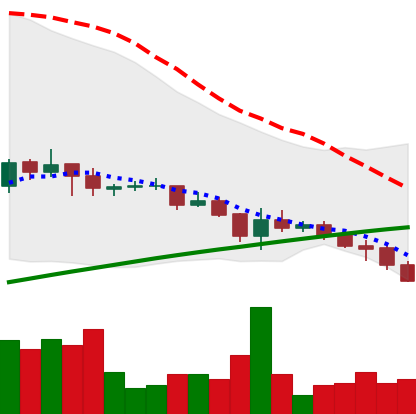
Ticker: DOGE-USD
Chart end date: 2021-07-16
Forward return: 10.446%
Label: up_7plus